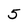
Character: 5